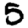
Digit: 5